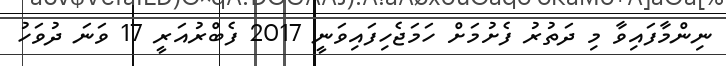
ނިންމާފައިވާ މި ދަތުރު ފެށުމަށް ހަމަޖެހިފައިވަނީ 2017 ފެބްރުއަރީ 17 ވަނަ ދުވަހު